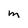
Character: M